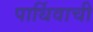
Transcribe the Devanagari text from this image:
पार्थिवाची